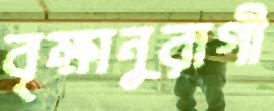
বৃক্ষানুরাগী